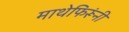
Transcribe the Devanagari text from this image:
माथेफिरूंनी